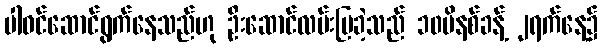
ပါဝင်ဆောင်ရွက်နေသည်ဟု ဦးဆောင်လမ်းပြခဲ့သည် ၁၀မိနစ်ခန့် ၂ရက်နေ့၌